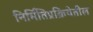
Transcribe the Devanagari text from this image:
निर्मितिप्रक्रियेतील